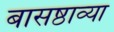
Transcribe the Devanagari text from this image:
बासष्ठाव्या